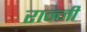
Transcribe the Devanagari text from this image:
रान्नी